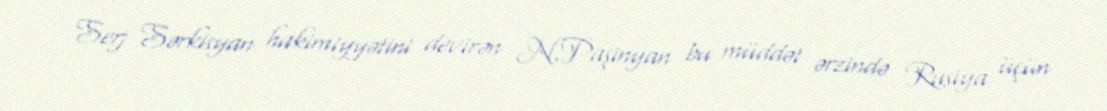
Serj Sərkisyan hakimiyyətini devirən N.Paşinyan bu müddət ərzində Rusiya üçün